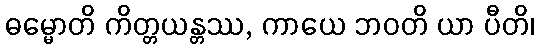
ဓမ္မောတိ ကိတ္တယန္တဿ, ကာယေ ဘဝတိ ယာ ပီတိ၊